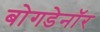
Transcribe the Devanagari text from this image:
बोगडेनॉर